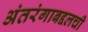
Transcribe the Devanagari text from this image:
अंतरंगाबद्दलची